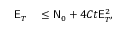
\begin{array} { r l } { \mathsf { E } _ { T } } & { { } \leq \mathsf { N } _ { 0 } + 4 C t \mathsf { E } _ { T } ^ { 2 } , } \end{array}